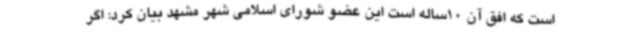
است که افق آن 10ساله است این عضو شورای اسلامی شهر مشهد بیان کرد: اگر